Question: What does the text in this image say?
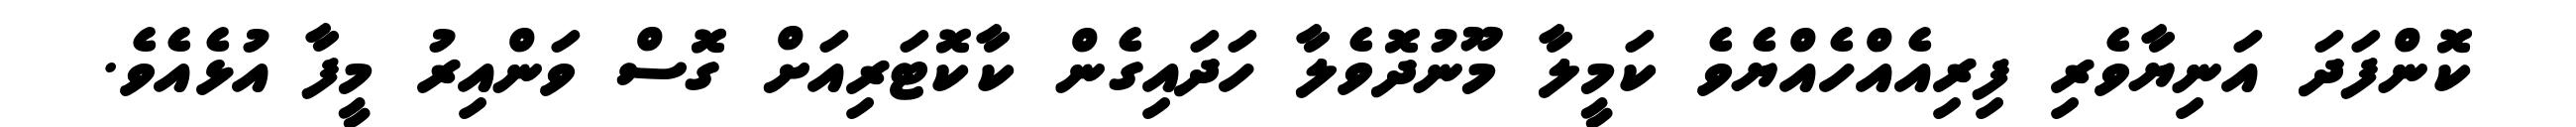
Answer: ކޮންފަދަ އަނިޔާވެރި ފިރިއެއްހެއްޔެވެ ކަމީލާ މޫނުދޮވެލާ ހަދައިގެން ކާކޮޓަރިއަށް ގޮސް ވަންއިރު މީފާ އުޅެއެވެ.